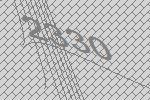
2330